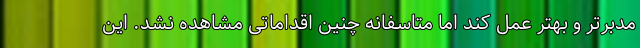
مدبرتر و بهتر عمل کند اما متاسفانه چنین اقداماتی مشاهده نشد. این